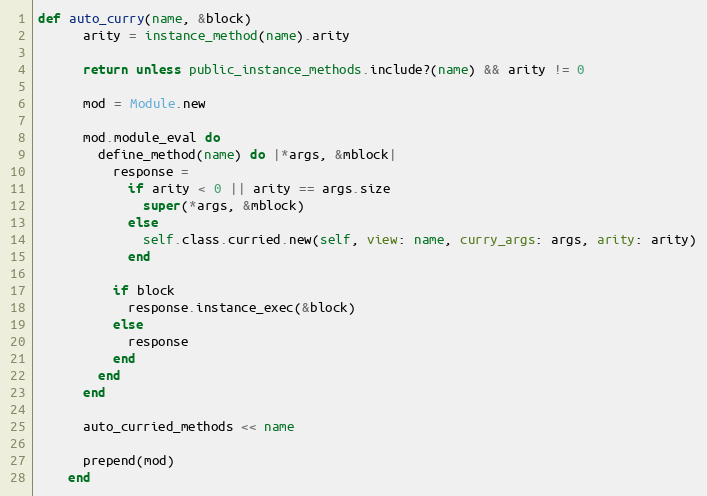
Language: Ruby
def auto_curry(name, &block)
      arity = instance_method(name).arity

      return unless public_instance_methods.include?(name) && arity != 0

      mod = Module.new

      mod.module_eval do
        define_method(name) do |*args, &mblock|
          response =
            if arity < 0 || arity == args.size
              super(*args, &mblock)
            else
              self.class.curried.new(self, view: name, curry_args: args, arity: arity)
            end

          if block
            response.instance_exec(&block)
          else
            response
          end
        end
      end

      auto_curried_methods << name

      prepend(mod)
    end